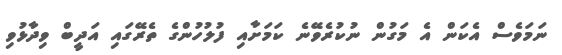
ނަމަވެސް އެކަން އެ މަގުން ނުކުރެވޭނެ ކަމަށާއި ފުލުހުންގެ ތެރޭގައި އަދީބް ވިދާޅުވި